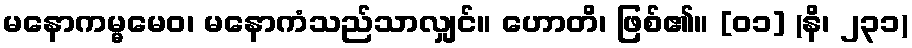
မနောကမ္မမေဝ၊ မနောကံသည်သာလျှင်။ ဟောတိ၊ ဖြစ်၏။ [၀၁] (နိ၊ ၂၃၁)